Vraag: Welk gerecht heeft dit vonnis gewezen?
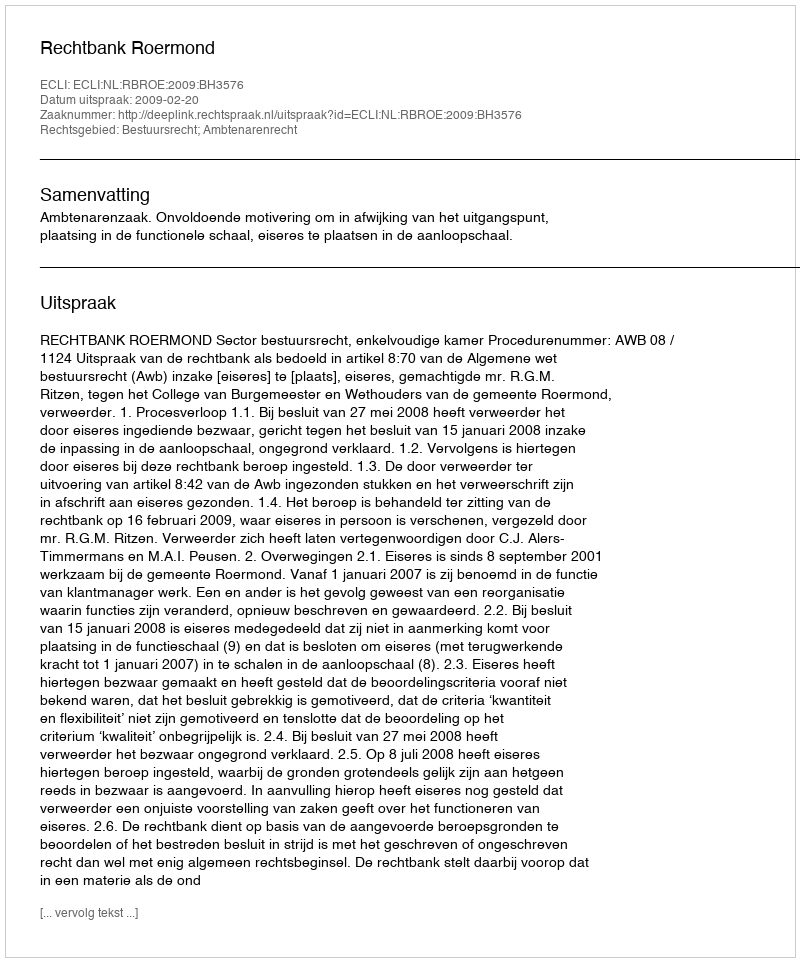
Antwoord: Rechtbank Roermond